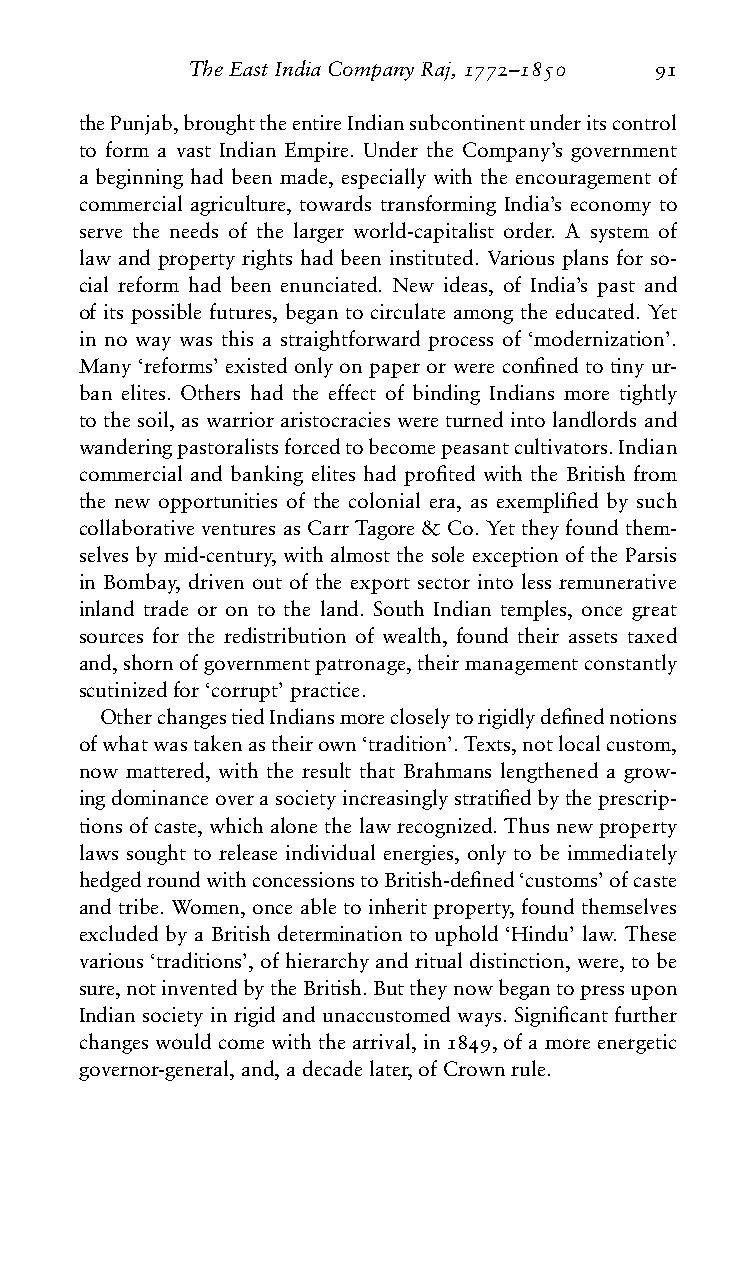
TheEastIndiaCompanyRaj,1772–1850 91
 thePunjab,broughttheentireIndiansubcontinentunderitscontrol
 to form a vast Indian Empire. Under the Company’s government
 a beginning had been made, especially with the encouragement of
 commercial agriculture, towards transforming India’s economy to
 serve the needs of the larger world-capitalist order. A system of
 law and property rights had been instituted. Various plans for so-
 cial reform had been enunciated. New ideas, of India’s past and
 of its possible futures, began to circulate among the educated. Yet
 in no way was this a straightforward process of ‘modernization’.
 Many ‘reforms’ existed only on paper or were confined to tiny ur-
 ban elites. Others had the effect of binding Indians more tightly
 to the soil, as warrior aristocracies were turned into landlords and
 wanderingpastoralistsforcedtobecomepeasantcultivators.Indian
 commercial and banking elites had profited with the British from
 the new opportunities of the colonial era, as exemplified by such
 collaborativeventuresasCarrTagore&Co.Yettheyfoundthem-
 selves by mid-century, with almost the sole exception of the Parsis
 in Bombay, driven out of the export sector into less remunerative
 inland trade or on to the land. South Indian temples, once great
 sources for the redistribution of wealth, found their assets taxed
 and,shornofgovernmentpatronage,theirmanagementconstantly
 scutinizedfor‘corrupt’practice.
 OtherchangestiedIndiansmorecloselytorigidlydefinednotions
 ofwhatwastakenastheirown‘tradition’.Texts,notlocalcustom,
 now mattered, with the result that Brahmans lengthened a grow-
 ingdominanceoverasocietyincreasinglystratifiedbytheprescrip-
 tions of caste, which alone the law recognized. Thus new property
 laws sought to release individual energies, only to be immediately
 hedgedroundwithconcessionstoBritish-defined‘customs’ofcaste
 and tribe. Women, once able to inherit property, found themselves
 excluded by a British determination to uphold ‘Hindu’ law. These
 various‘traditions’,ofhierarchyandritualdistinction,were,tobe
 sure,notinventedbytheBritish.Buttheynowbegantopressupon
 Indian society in rigid and unaccustomed ways. Significant further
 changeswouldcomewiththearrival,in1849,ofamoreenergetic
 governor-general,and,adecadelater,ofCrownrule.